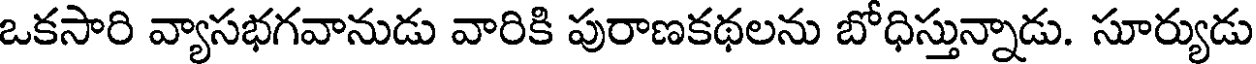
ఒకసారి వ్యాసభగవానుడు వారికి పురాణకథలను బోధిస్తున్నాడు. సూర్యుడు